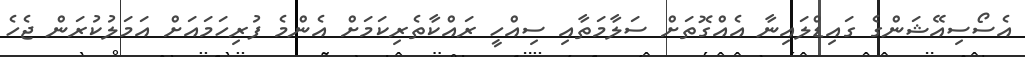
އެސޯސިއޭޝަންގެ ގައިޑްލައިނާ އެއްގޮތަށް ސަލާމަތާއި ސިއްހީ ރައްކާތެރިކަމަށް އެންމެ ފުރިހަމައަށް އަމަލުކުރަން ޖެހެ